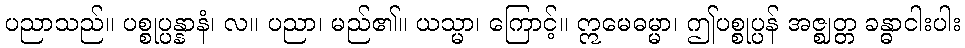
ပညာသည်။ ပစ္စုပ္ပန္နာနံ၊ လ။ ပညာ၊ မည်၏။ ယသ္မာ၊ ကြောင့်။ ဣမေဓမ္မာ၊ ဤပစ္စုပ္ပန် အဇ္ဈတ္တ ခန္ဓာငါးပါး